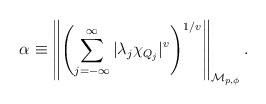
LaTeX: \begin{align*}\alpha\equiv\left\|\left(\sum_{j=-\infty}^\infty |\lambda_j \chi_{Q_j}|^v\right)^{1/v}\right\|_{{\mathcal M}_{p,\phi}}.\end{align*}